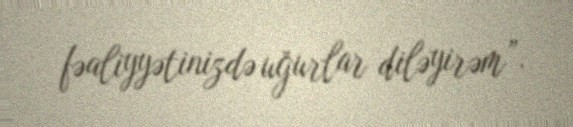
fəaliyyətinizdə uğurlar diləyirəm”.